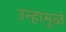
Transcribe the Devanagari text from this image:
उन्हामुळे